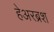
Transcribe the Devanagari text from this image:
हेअरब्रश